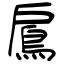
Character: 鳸